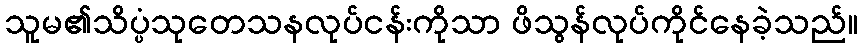
သူမ၏သိပ္ပံသုတေသနလုပ်ငန်းကိုသာ ဖိသွန်လုပ်ကိုင်နေခဲ့သည်။